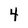
Character: 4